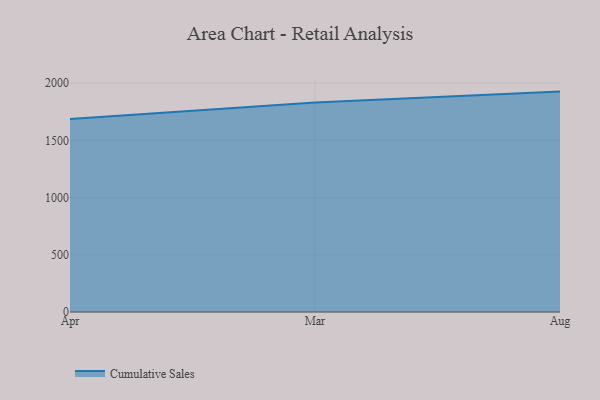
{"axis": {"x": "Month", "y": "Website Visitors"}, "legend": ["Cumulative Sales"], "data": [{"x": "Apr", "y": 1686.1, "type": "Cumulative Sales"}, {"x": "Mar", "y": 1831.6, "type": "Cumulative Sales"}, {"x": "Aug", "y": 1926.0, "type": "Cumulative Sales"}]}